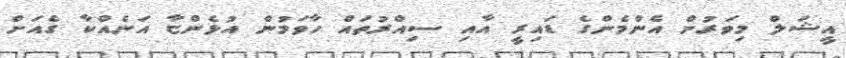
އީޝަލް މިވަރުން އެންމެންގެ ޑައިރީ އާއި ސިއްރުތައް ހާވަމުން އުޅެންޏާ އަނެއްކާ ގެއަށް